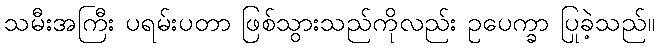
သမီးအကြီး ပရမ်းပတာ ဖြစ်သွားသည်ကိုလည်း ဥပေက္ခာ ပြုခဲ့သည်။